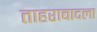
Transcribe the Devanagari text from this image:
ताहराबादला